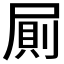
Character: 𭕤